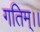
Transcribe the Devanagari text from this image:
गतिम्।।